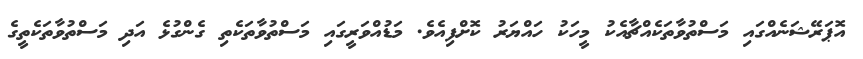
އޮޕަރޭޝަނެއްގައި މަސްތުވާތަކެއްޗާއެކު މީހަކު ހައްޔަރު ކޮށްފިއެވެ. މަޑުއްވަރީގައި މަސްތުވާތަކެތި ގެންގުޅެ އަދި މަސްތުވާތަކެތީގެ